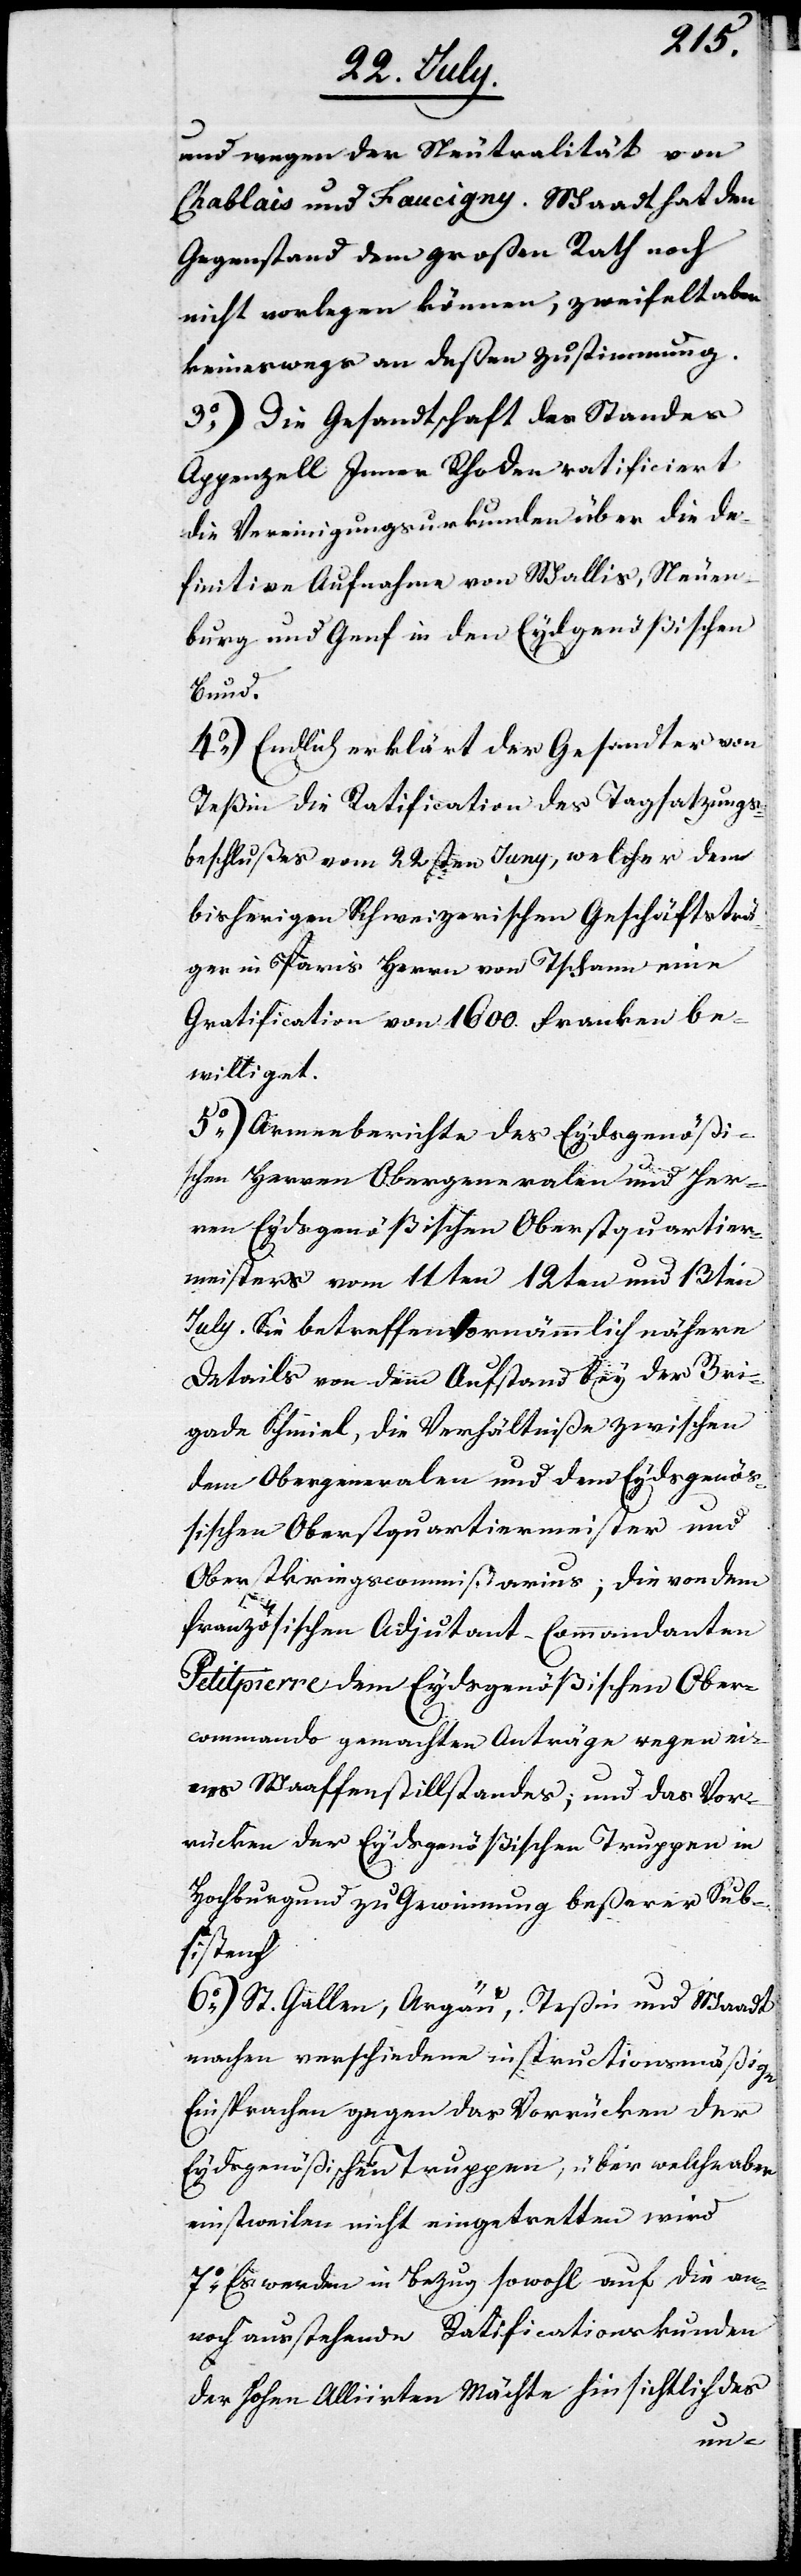
und wegen der Neutralität von
Chablais und Faucigny. Waadt hat den
Gegenstand dem Großen Rath noch
nicht vorlegen können, zweifelt aber
keineswegs an deßen Zustimmung.
3.) Die Gesandtschaft des Standes
Appenzell Inner Rhoden ratificiert
die Vereinigungsurkunden über die de¬
finitive Aufnahme von Wallis, Neuen¬
burg und Genf in den Eydgenößischen
Bund.
4.) Endlich erklärt der Gesandte von
Teßin die Ratification des Tagsatzungs¬
beschlußes vom 22sten Juny, welcher dem
bisherigen Schweizerischen Geschäftsträ¬
ger in Paris Herrn von Tschann eine
Gratification von 1600. Franken be¬
williget.
5.) Armeeberichte des Eydgenößi¬
schen Herren Obergeneralen und Her¬
ren Eydgenößischen Oberstquartier¬
meisters vom 11ten 12ten und 13ten
July. Sie betreffen vornämmlich nähere
Details von dem Aufstand bey der Bri¬
gade Schmiel, die Verhältniße zwischen
dem Obergeneral und dem Eydsgenö¬
ßischen Oberstquartiermeister und
Oberstkriegscommißarius, die von dem
französischen Adjutant-Commandanten
Petitpierre dem Eydsgenößischen Ober¬
commando gemachten Anträge wegen ei¬
nes Waffenstillstandes, und das Vor¬
rücken der Eydsgenößischen Truppen in
Hochburgund zu Gewinnung beßerer Sub¬
sistenz.
6.) St. Gallen, Argau, Teßin und Waadt
machen verschiedene instructionsmäßige
Einsprachen gegen das Vorrücken der
Eydsgenößischen Truppen, über welche aber
einstweilen nicht eingetretten wird.
7.) Es werden in Bezug sowohl auf die an¬
noch ausstehenden Ratificationsurkunden
der Hohen Alliirten Mächte hinsichtlich des